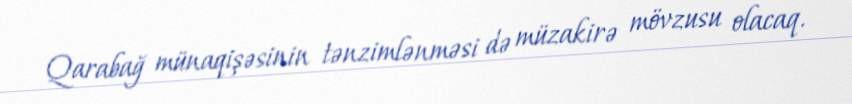
Qarabağ münaqişəsinin tənzimlənməsi də müzakirə mövzusu olacaq.